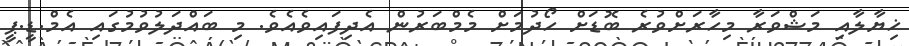
ޚިޔާލާއި މަޝްވަރާ މިހާރަށްވުރެ ބޮޑަށް ހޯދުމަށް މެމްބަރުން އެދިފައިވެއެވެ. މި ބައްދަލުވުމުގައި އެމް.ޑީ.ޕީ